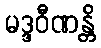
မဒ္ဒဝီဏန္တိ